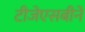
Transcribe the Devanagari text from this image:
टीजेएसबीने